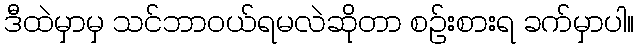
ဒီထဲမှာမှ သင်ဘာဝယ်ရမလဲဆိုတာ စဉ်းစားရ ခက်မှာပါ။